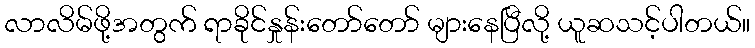
လာလိမ်ဖို့အတွက် ရာခိုင်နှုန်းတော်တော် များနေပြီလို့ ယူဆသင့်ပါတယ်။